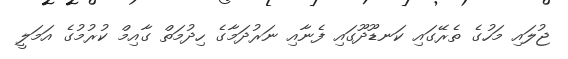
ޖުލައި މަހުގެ ތެރޭގައި ކަނޑޫދޫގައި ފެނާއި ނަރުދަމާގެ ހިދުމަތް ގާއިމް ކުރުމުގެ އަމަލީ